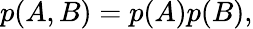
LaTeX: p(A,B)=p(A)p(B),